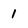
Character: 1